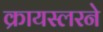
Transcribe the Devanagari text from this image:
क्रायस्लरने